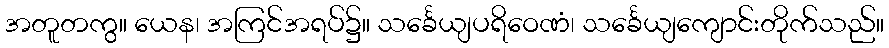
အတူတကွ။ ယေန၊ အကြင်အရပ်၌။ သင်္ခေယျပရိဝေဏံ၊ သင်္ခေယျကျောင်းတိုက်သည်။